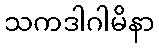
သကဒါဂါမိနာ